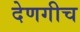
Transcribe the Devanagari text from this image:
देणगीच